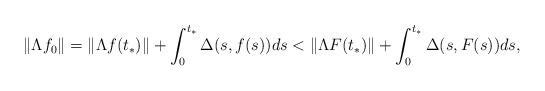
LaTeX: \begin{align*}\|\Lambda f_0 \|= \|\Lambda f(t_*)\| +\int_0^{t_*} \Delta (s,f(s))ds < \| \Lambda F(t_*) \| +\int_0^{t_*} \Delta (s,F(s))ds,\end{align*}